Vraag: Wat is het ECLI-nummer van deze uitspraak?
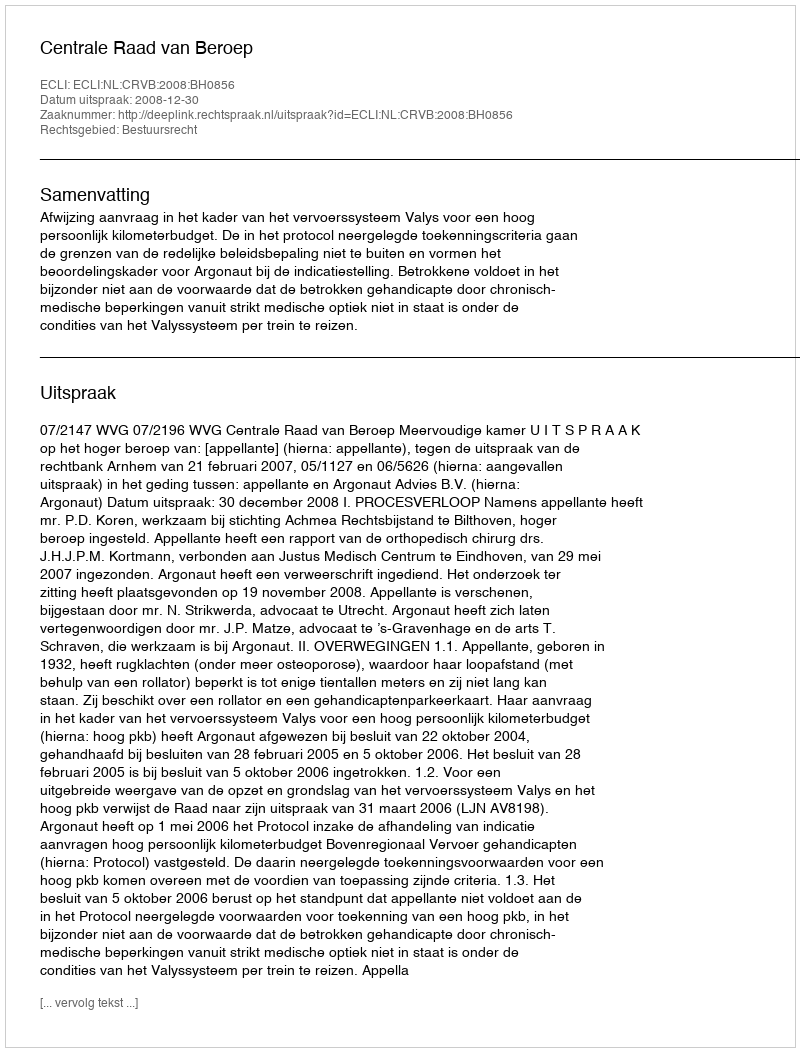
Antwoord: ECLI:NL:CRVB:2008:BH0856